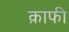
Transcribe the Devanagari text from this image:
क़ाफी